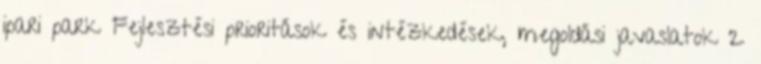
ipari park Fejlesztési prioritások és intézkedések, megoldási javaslatok 2